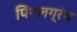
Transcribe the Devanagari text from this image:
पिंगलग्रंथ